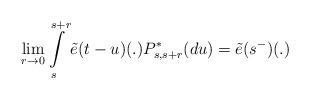
LaTeX: \begin{align*}\lim\limits_{r\rightarrow 0} \int\limits_s^{s+r} \tilde{e}(t-u)(.) P_{s,s+r}^*(du)=\tilde{e}(s^-)(.)\end{align*}